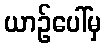
ယာဉ်ပေါ်မှ